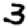
Digit: 3